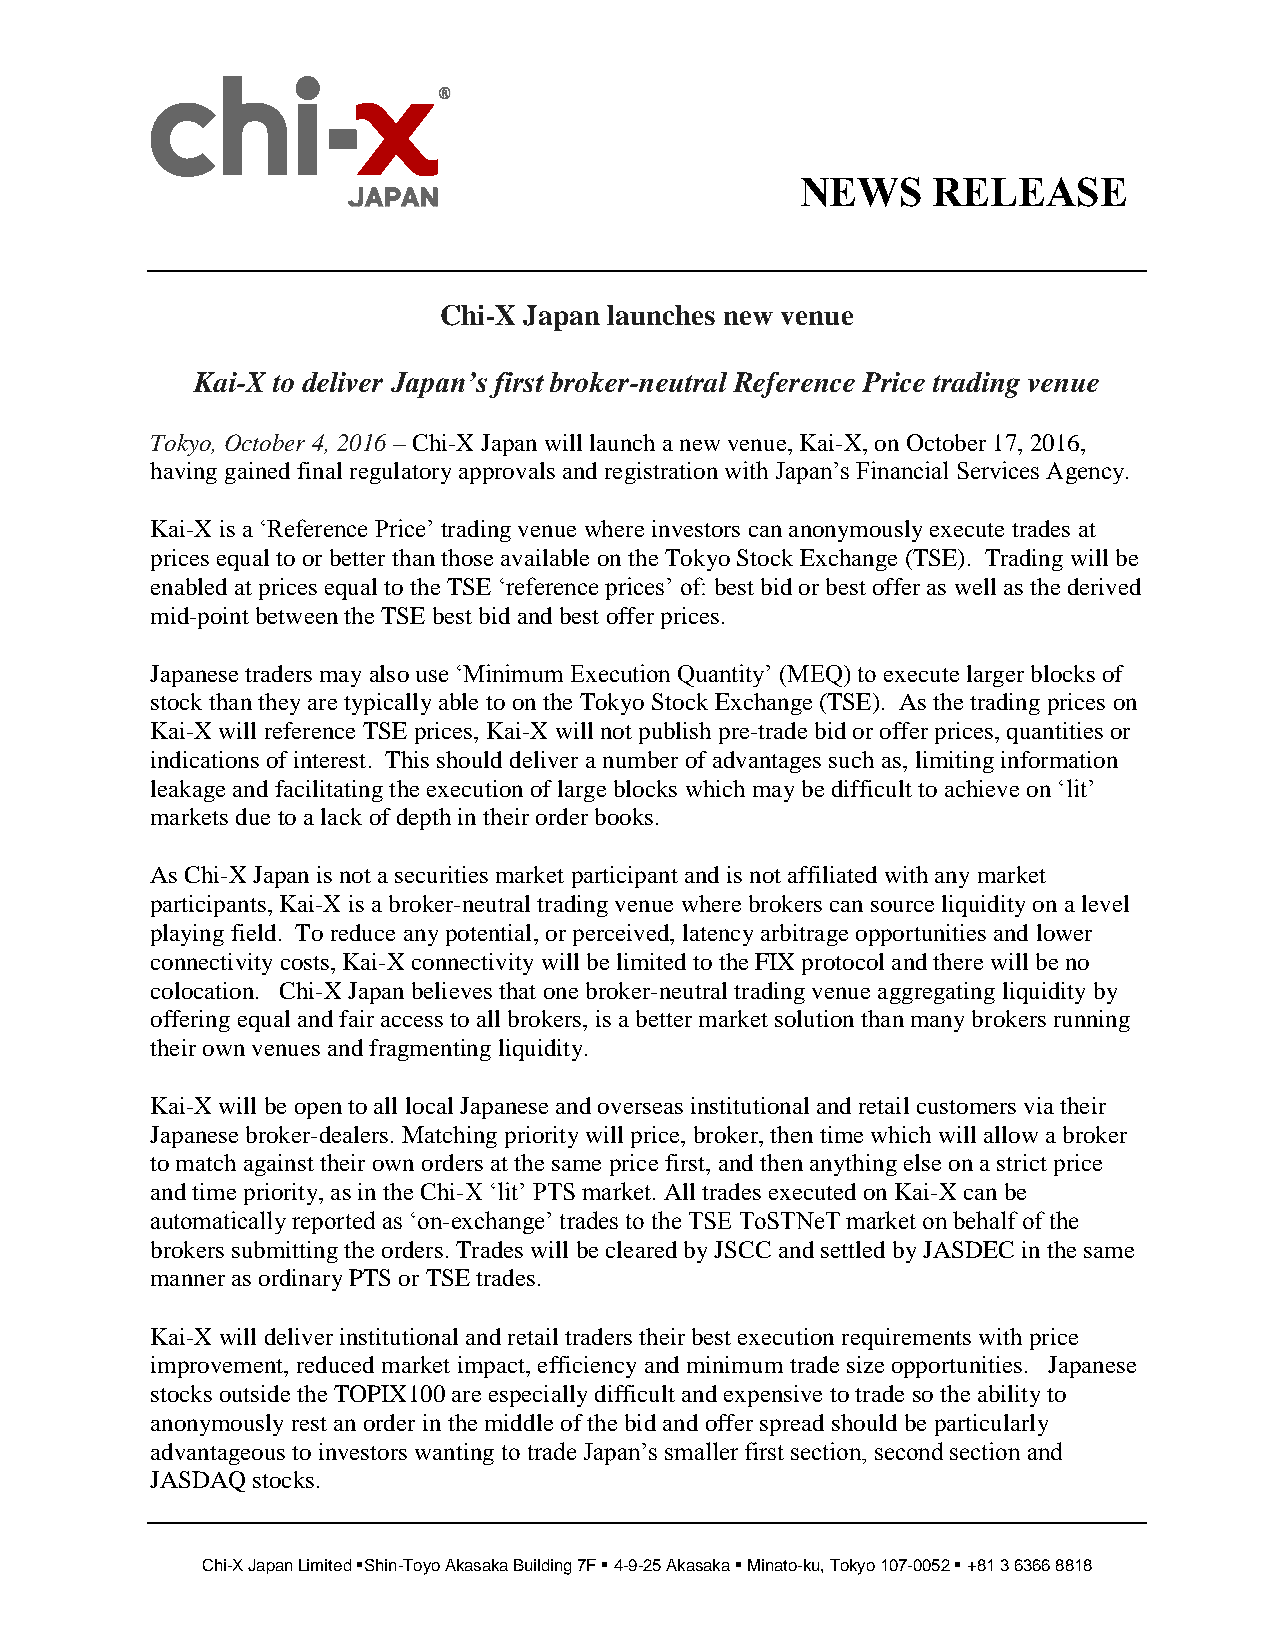
NEWS     RELEASE
 Chi-X Japan launches new venue
 Kai-X to deliver Japan’s first broker-neutral Reference Price trading venue
 Tokyo, October 4, 2016 – Chi-X Japan will launch a new venue, Kai-X, on October 17, 2016,
 having gained final regulatory approvals and registration with Japan’s Financial Services Agency.
 Kai-X is a ‘Reference Price’ trading venue where investors can anonymously execute trades at
 prices equal to or better than those available on the Tokyo Stock Exchange (TSE). Trading will be
 enabled at prices equal to the TSE ‘reference prices’ of: best bid or best offer as well as the derived
 mid-point between the TSE best bid and best offer prices.
 Japanese traders may also use ‘Minimum Execution Quantity’ (MEQ) to execute larger blocks of
 stock than they are typically able to on the Tokyo Stock Exchange (TSE). As the trading prices on
 Kai-X will reference TSE prices, Kai-X will not publish pre-trade bid or offer prices, quantities or
 indications of interest. This should deliver a number of advantages such as, limiting information
 leakage and facilitating the execution of large blocks which may be difficult to achieve on ‘lit’
 markets due to a lack of depth in their order books.
 As Chi-X Japan is not a securities market participant and is not affiliated with any market
 participants, Kai-X is a broker-neutral trading venue where brokers can source liquidity on a level
 playing field. To reduce any potential, or perceived, latency arbitrage opportunities and lower
 connectivity costs, Kai-X connectivity will be limited to the FIX protocol and there will be no
 colocation. Chi-X Japan believes that one broker-neutral trading venue aggregating liquidity by
 offering equal and fair access to all brokers, is a better market solution than many brokers running
 their own venues and fragmenting liquidity.
 Kai-X will be open to all local Japanese and overseas institutional and retail customers via their
 Japanese broker-dealers. Matching priority will price, broker, then time which will allow a broker
 to match against their own orders at the same price first, and then anything else on a strict price
 and time priority, as in the Chi-X ‘lit’ PTS market. All trades executed on Kai-X can be
 automatically reported as ‘on-exchange’ trades to the TSE ToSTNeT market on behalf of the
 brokers submitting the orders. Trades will be cleared by JSCC and settled by JASDEC in the same
 manner as ordinary PTS or TSE trades.
 Kai-X will deliver institutional and retail traders their best execution requirements with price
 improvement, reduced market impact, efficiency and minimum trade size opportunities. Japanese
 stocks outside the TOPIX100 are especially difficult and expensive to trade so the ability to
 anonymously rest an order in the middle of the bid and offer spread should be particularly
 advantageous to investors wanting to trade Japan’s smaller first section, second section and
 JASDAQ stocks.
 Chi-X Japan Limited Shin-Toyo Akasaka Building 7F  4-9-25 Akasaka  Minato-ku, Tokyo 107-0052  +81 3 6366 8818